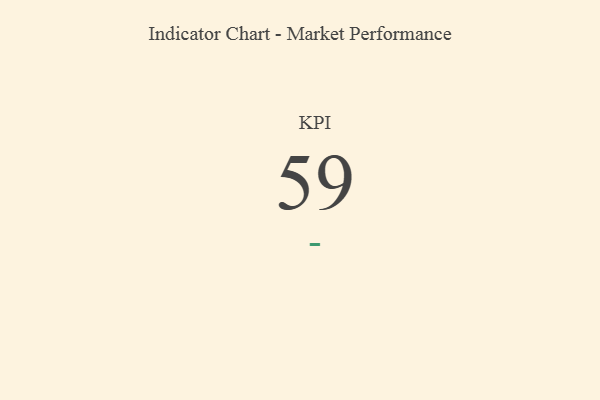
{"axis": {"x": "KPI", "y": "Value"}, "legend": [""], "data": [{"x": "KPI", "y": 59, "type": ""}]}